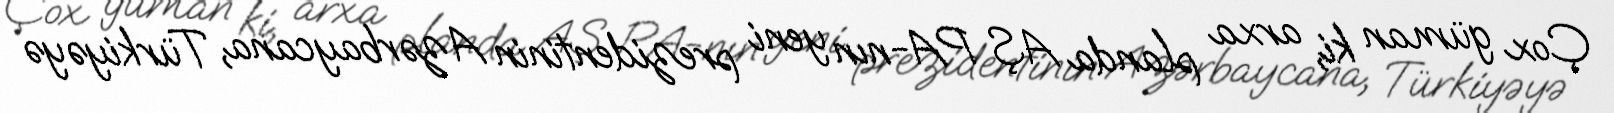
Çox güman ki, arxa planda AŞ PA-nın yeni prezidentinin Azərbaycana, Türkiyəyə